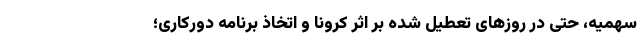
سهمیه، حتی در روزهای تعطیل شده بر اثر کرونا و اتخاذ برنامه دورکاری؛